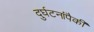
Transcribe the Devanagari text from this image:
दुर्घटनांपैकी